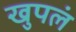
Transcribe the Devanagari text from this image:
खुपलं